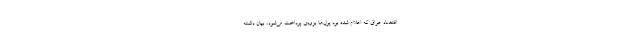
اقتصاد عراق که اعلام شده بود پول‌ها بزودی پرداخت می‌شود، بیان داشته